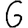
Digit: 6